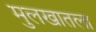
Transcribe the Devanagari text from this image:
मुलखातला